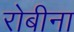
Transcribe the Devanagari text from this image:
रोबीना